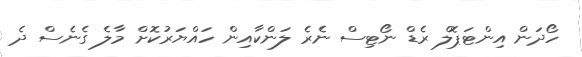
ހޯދަން އިންޓަޕޮލް ރެޑް ނޯޓިސް ނެރެ ލަންކާއިން ހައްޔަރުކޮށް މާލެ ގެނެސް ދެ